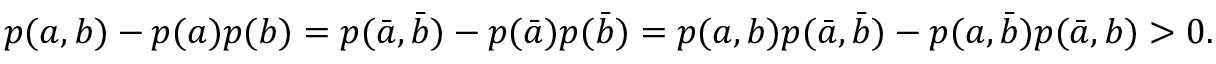
\begin{array} { r } { p ( a , b ) - p ( a ) p ( b ) = p ( \bar { a } , \bar { b } ) - p ( \bar { a } ) p ( \bar { b } ) = p ( a , b ) p ( \bar { a } , \bar { b } ) - p ( a , \bar { b } ) p ( \bar { a } , b ) > 0 . } \end{array}